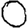
Digit: 0